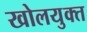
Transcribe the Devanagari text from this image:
खोलयुक्त